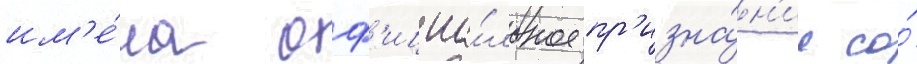
им'е́ла оф'ициа́льное пр'изна́н'ие со́